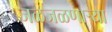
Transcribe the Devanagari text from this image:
जळजळणार्‍या